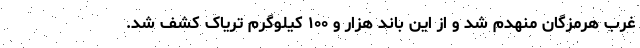
غرب هرمزگان منهدم شد و از این باند هزار و ۱۰۰ کیلوگرم تریاک کشف شد.